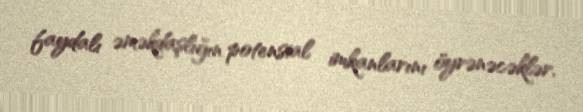
faydalı əməkdaşlığın potensial imkanlarını öyrənəcəklər.